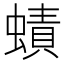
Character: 𧐐